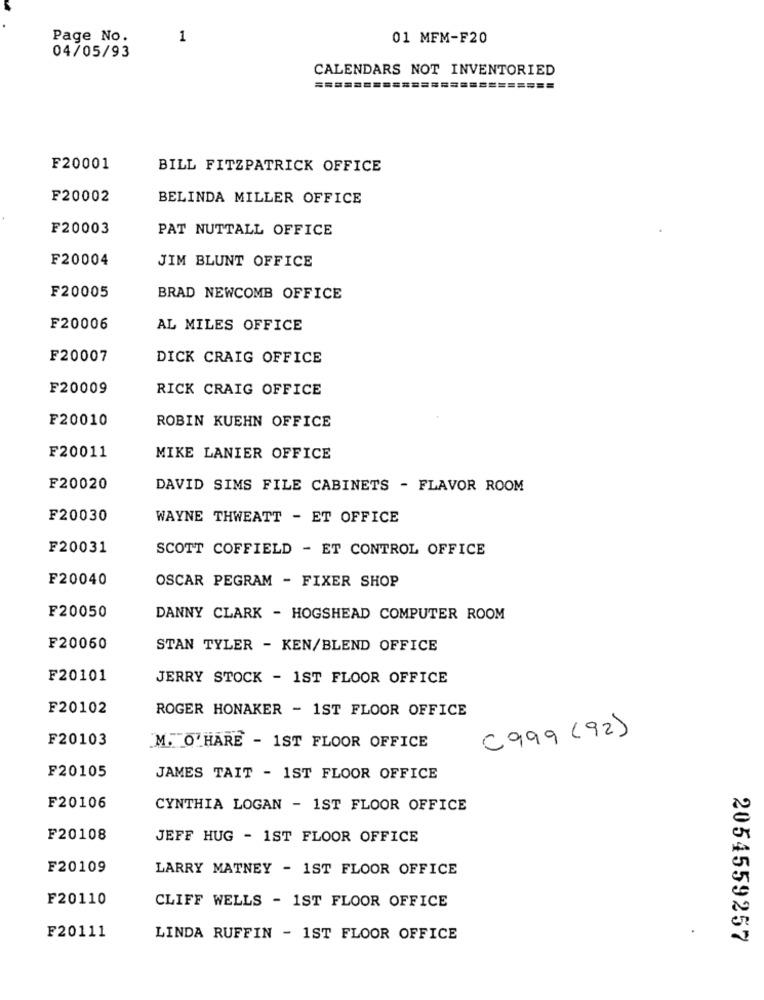
Page No.
1
01 MFM-F20
04/05/93
CALENDARS NOT INVENTORIED
==
========
F20001
BILL FITZPATRICK OFFICE
F20002
BELINDA MILLER OFFICE
F20003
PAT NUTTALL OFFICE
F20004
JIM BLUNT OFFICE
F20005
BRAD NEWCOMB OFFICE
F20006
AL MILES OFFICE
F20007
DICK CRAIG OFFICE
F20009
RICK CRAIG OFFICE
F20010
ROBIN KUEHN OFFICE
F20011
MIKE LANIER OFFICE
F20020
DAVID SIMS FILE CABINETS - FLAVOR ROOM
F20030
WAYNE THWEATT - ET OFFICE
F20031
SCOTT COFFIELD - ET CONTROL OFFICE
F20040
OSCAR PEGRAM - FIXER SHOP
F20050
DANNY CLARK - HOGSHEAD COMPUTER ROOM
F20060
STAN TYLER - KEN/BLEND OFFICE
F20101
JERRY STOCK - 1ST FLOOR OFFICE
F20102
ROGER HONAKER - 1ST FLOOR OFFICE
C 999 (92)
F20103
M. O'HARE - 1ST FLOOR OFFICE
F20105
JAMES TAIT - 1ST FLOOR OFFICE
F20106
CYNTHIA LOGAN - 1ST FLOOR OFFICE
F20108
JEFF HUG - 1ST FLOOR OFFICE
F20109
LARRY MATNEY - 1ST FLOOR OFFICE
F20110
CLIFF WELLS - 1ST FLOOR OFFICE
F20111
LINDA RUFFIN - 1ST FLOOR OFFICE
2054559257